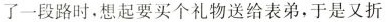
从家里出发骑车去舅舅家做客。当她骑了一段路时，想起要买个礼物送给表弟，于是又折